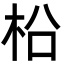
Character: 柗